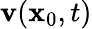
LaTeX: \mathbf{v}(\mathbf{x}_{0},t)